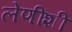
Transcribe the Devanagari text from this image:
लेणींशी